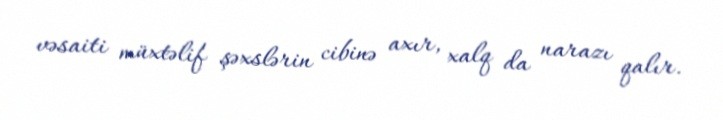
vəsaiti müxtəlif şəxslərin cibinə axır, xalq da narazı qalır.